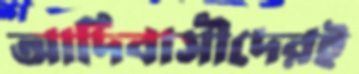
আদিবাসীদেরই